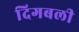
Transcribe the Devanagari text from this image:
दिगबली